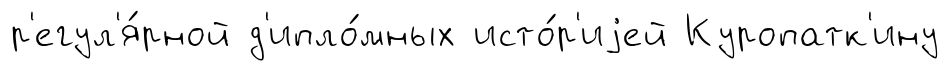
р'егул'я́рной д'ипло́мных исто́р'иjей Куропатк'ину